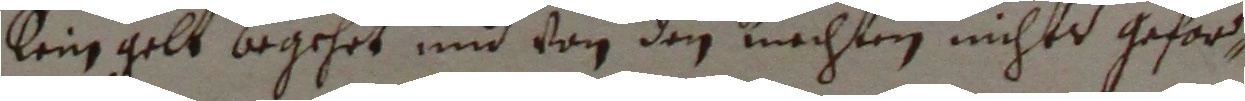
lein gelt begehrt und von den knechten nichts gefor,